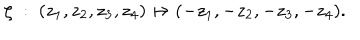
\zeta \; : \; ( z _ { 1 } , z _ { 2 } , z _ { 3 } , z _ { 4 } ) \mapsto ( - z _ { 1 } , - z _ { 2 } , - z _ { 3 } , - z _ { 4 } ) .